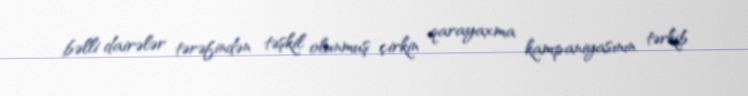
bəlli dairələr tərəfindən təşkil olunmuş çirkin qarayaxma kampaniyasının tərkib